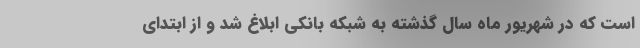
است که در شهریور ماه سال گذشته به شبکه بانکی ابلاغ شد و از ابتدای